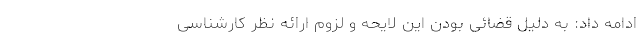
ادامه داد: به دلیل قضائی بودن این لایحه و لزوم ارائه نظر کارشناسی